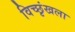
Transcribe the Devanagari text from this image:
विच्छृंखला